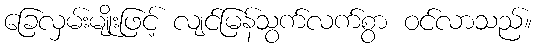
ခြေလှမ်းမျိုးဖြင့် လျင်မြန်သွက်လက်စွာ ဝင်လာသည်။